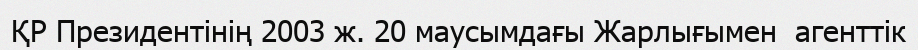
ҚР Президентінің 2003 ж. 20 маусымдағы Жарлығымен  агенттік